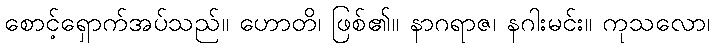
စောင့်ရှောက်အပ်သည်။ ဟောတိ၊ ဖြစ်၏။ နာဂရာဇ၊ နဂါးမင်း။ ကုသလော၊